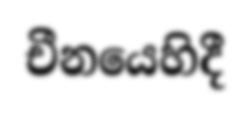
චීනයෙහිදී